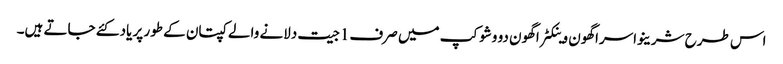
اس طرح شرینواسراگھون وینکٹراگھون دو وشوکپ میں صرف1جیت دلانے والے کپتان کے طور پر یاد کئے جاتے ہیں۔